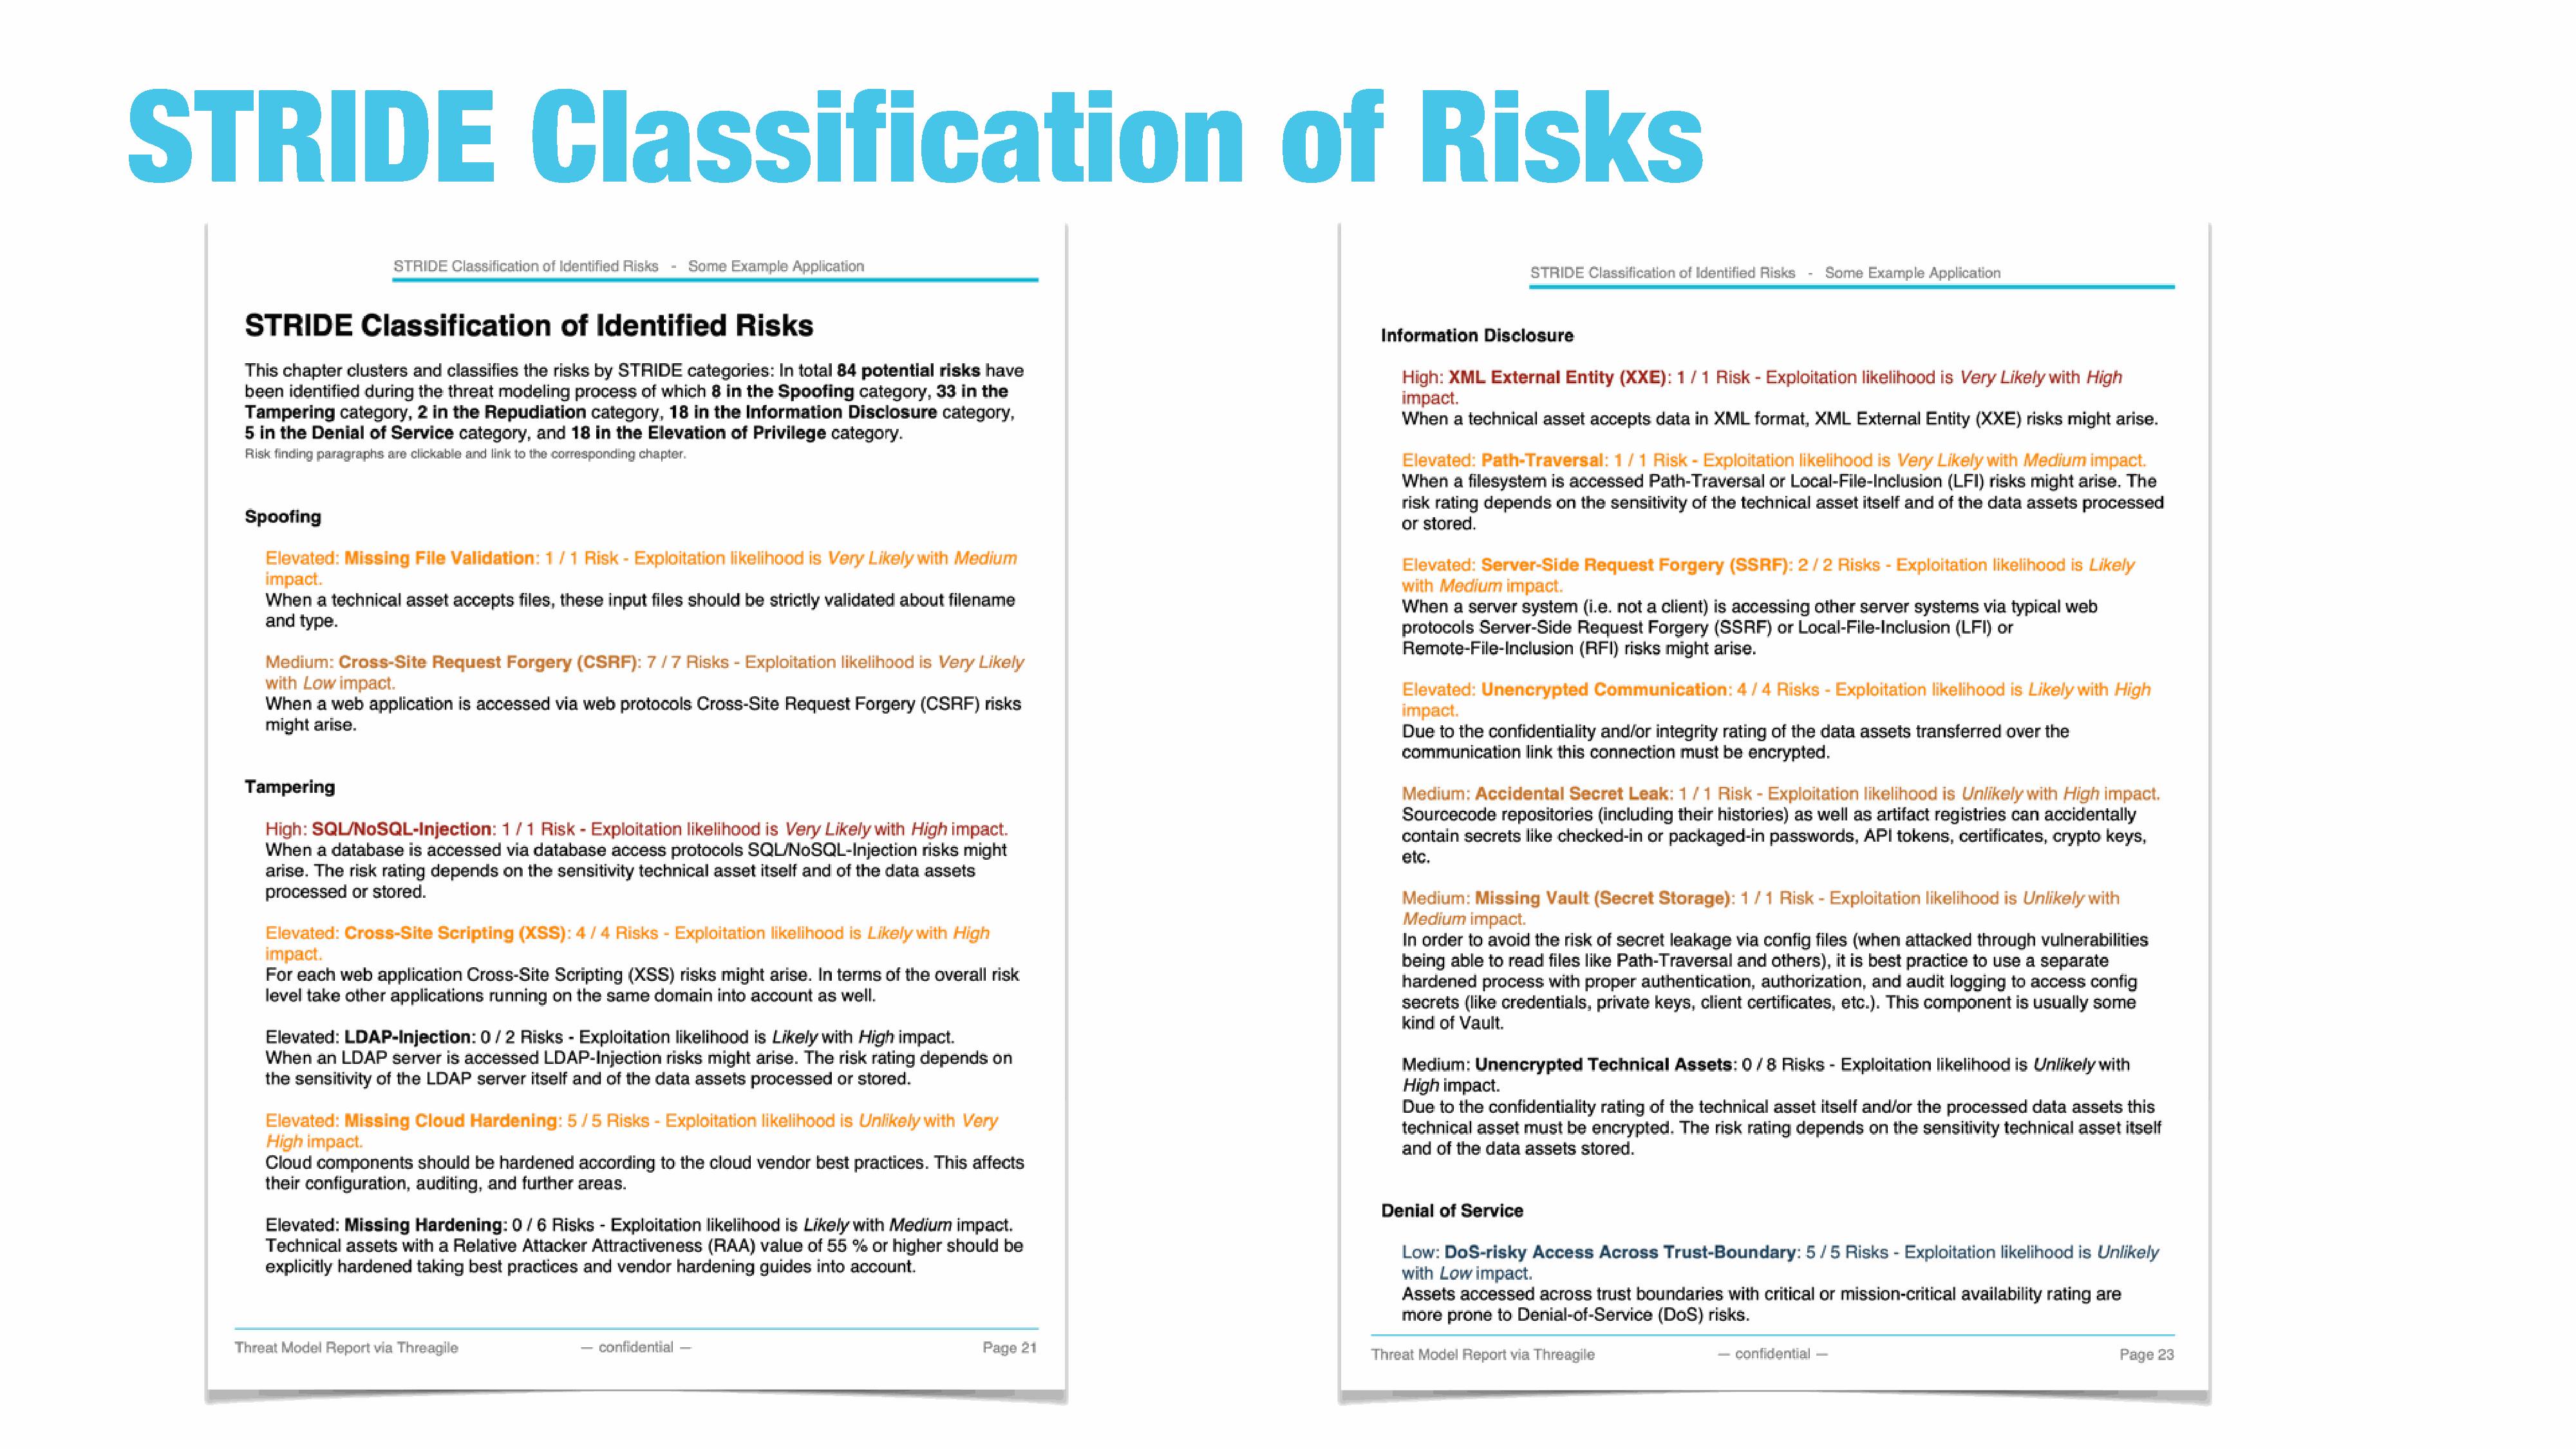
STRIDE                                   Classification                                                                of            Risks